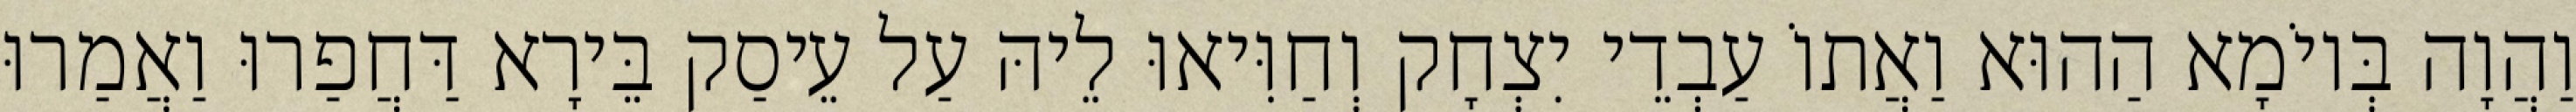
וַהֲוָה בְּיוֹמָא הַהוּא וַאֲתוֹ עַבְדֵי יִצְחָק וְחַוִּיאוּ לֵיהּ עַל עֵיסַק בֵּירָא דַּחֲפַרוּ וַאֲמַרוּ